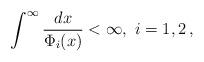
LaTeX: \begin{align*}\int^\infty \frac{dx}{\Phi_{i}(x)} <\infty,\,\, i=1,2\,,\end{align*}